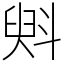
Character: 斞